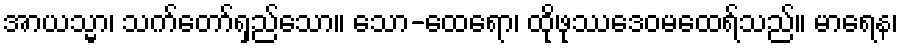
အာယသ္မာ၊ သက်တော်ရှည်သော။ သော-ထေရော၊ ထိုဖုဿဒေဝမထေရ်သည်။ မာရေန၊